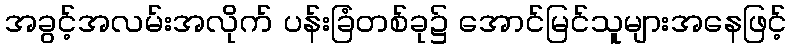
အခွင့်အလမ်းအလိုက် ပန်းခြံတစ်ခု၌ အောင်မြင်သူများအနေဖြင့်